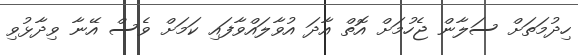
ހިދުމަތަށް ސަލާން ޖެހުމަށް އޮތް އާދަ އުވާލައްވާފައި ކަމަށް ވެސް އޭނާ ވިދާޅުވި